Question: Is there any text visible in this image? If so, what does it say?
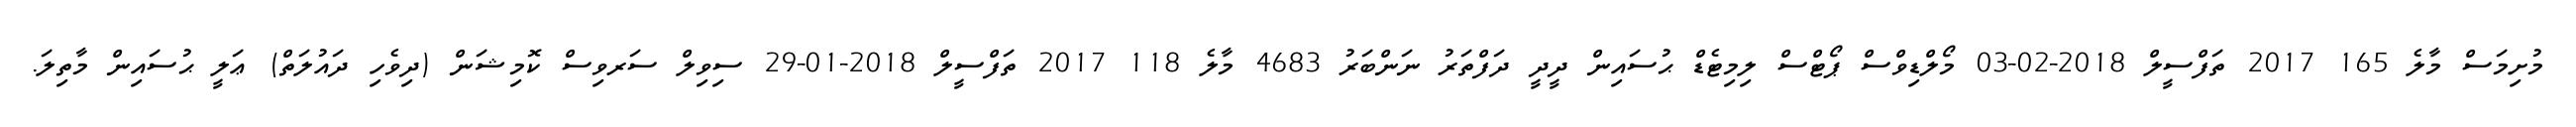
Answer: މުށިމަސް މާލެ 165 2017 ތަފްސީލް 2018-02-03 މޯލްޑިވްސް ޕޯޓްސް ލިމިޓެޑް ޙުސައިން ދީދީ ދަފްތަރު ނަންބަރު 4683 މާލެ 118 2017 ތަފްސީލް 2018-01-29 ސިވިލް ސަރވިސް ކޮމިޝަން (ދިވެހި ދައުލަތް) ޢަލީ ޙުސައިން މާތިލަ.